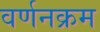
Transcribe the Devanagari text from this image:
वर्णनक्रम